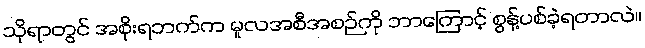
သိုရာတွင် အစိုးရဘက်က မူလအစီအစဉ်ကို ဘာကြောင့် စွန့်ပစ်ခဲ့ရတာလဲ။